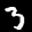
Label: 3